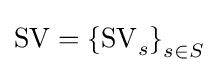
\mathrm {SV} ={\mathrm {\{SV} _{s}\}}_{s\in S}